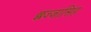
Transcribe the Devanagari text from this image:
छज्जासिंह